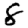
Digit: 8